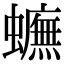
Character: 𧓼